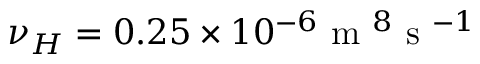
\nu _ { H } = 0 . 2 5 \times 1 0 ^ { - 6 } \textnormal { m } ^ { 8 } \textnormal { s } ^ { - 1 }